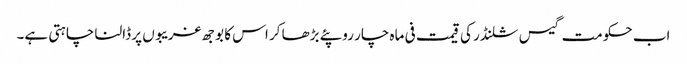
اب حکومت گیس سلنڈر کی قیمت فی ماہ چار روپئے بڑھا کر اس کا بوجھ غریبوں پر ڈالنا چاہتی ہے۔